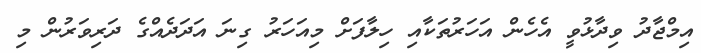
އިމްޖާދު ވިދާޅުވީ އެހެން އަހަރުތަކާއި ހިލާފަށް މިއަހަރު ގިނަ އަދަދެއްގެ ދަރިވަރުން މި